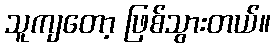
သူကျတော့ ဖြစ်သွားတယ်။